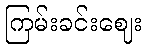
ကြမ်းခင်းဈေး